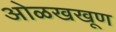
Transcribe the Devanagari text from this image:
ओळखखूण